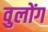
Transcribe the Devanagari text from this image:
वुलोंग